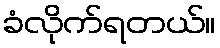
ခံလိုက်ရတယ်။